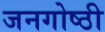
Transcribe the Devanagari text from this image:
जनगोष्ठी